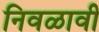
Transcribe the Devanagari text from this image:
निवळावी